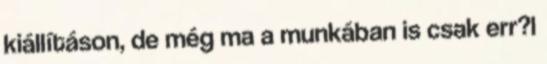
kiállításon, de még ma a munkában is csak err?l